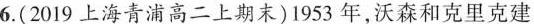
6.(2019上海青浦高二上期末)1953年，沃森和克里克建